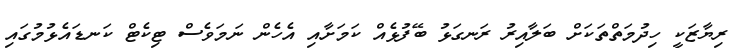
ރިޔާޒަކީ ހިދުމަތްތަކަށް ބަލާއިރު ރަނގަޅު ބޭފުޅެއް ކަމަށާއި އެހެން ނަމަވެސް ޓިކެޓް ކަނޑައެޅުމުގައި